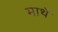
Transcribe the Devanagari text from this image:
मार्थे